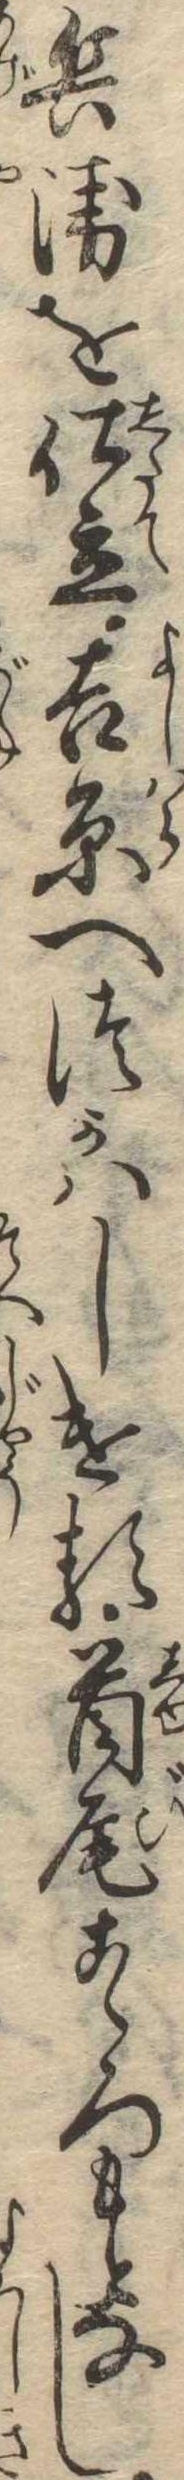
兵衛を仕立吉原へつかはしける首尾こゝろもとなし